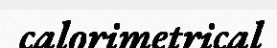
calorimetrical